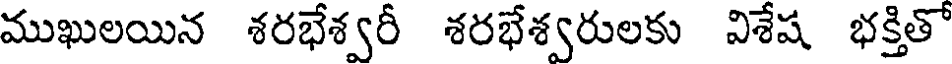
ముఖులయిన శరభేశ్వరీ శరభేశ్వరులకు విశేష భక్తితో